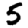
Digit: 5